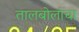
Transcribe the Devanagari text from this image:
तालबोलांचा